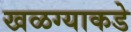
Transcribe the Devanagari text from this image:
खळग्याकडे